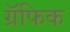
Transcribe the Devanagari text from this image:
ग्रॅफिक